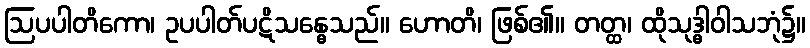
ဩပပါတိကော၊ ဥပပါတ်ပဋိသန္ဓေသည်။ ဟောတိ၊ ဖြစ်၏။ တတ္ထ၊ ထိုသုဒ္ဓါဝါသဘုံ၌။